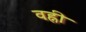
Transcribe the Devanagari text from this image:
वह्नी